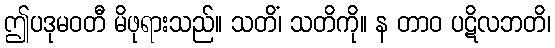
ဤပဒုမဝတီ မိဖုရားသည်။ သတိံ၊ သတိကို။ န တာဝ ပဋိလဘတိ၊